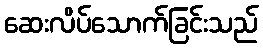
ဆေးလိပ်သောက်ခြင်းသည်